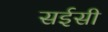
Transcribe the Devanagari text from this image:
सईसी